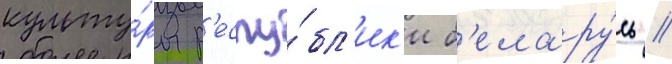
культу́ры р'еспу́бл'ик'и б'елару́сь //